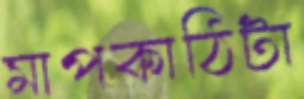
মাপকাঠিটা